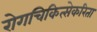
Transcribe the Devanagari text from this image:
रोगचिकित्सेकरिता